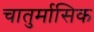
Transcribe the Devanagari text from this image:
चातुर्मासिक